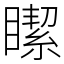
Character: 𥊯